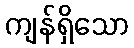
ကျန်ရှိသော